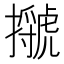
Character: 𢸗